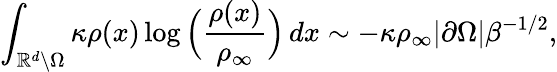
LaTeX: \int_{\mathbb{R}^{d}\backslash\Omega}\kappa\rho(x)\log\Big(\frac{\rho(x)}{\rho_{\infty}}\Big)\, dx\sim-\kappa\rho_{\infty}|\partial\Omega|\beta^{-1/2},